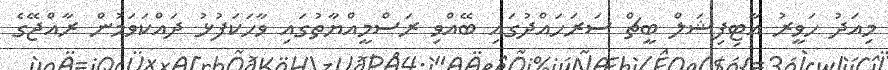
މިއަދު ހަވީރު އާޓިފިޝަލް ބީޗް ސަރަހައްދުގައި ބޭއްވި ރަސްމީއްޔާތުގައި ވާހަކަފުޅު ދައްކަވަމުން ރާއްޖޭގެ